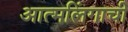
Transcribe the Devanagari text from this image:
आत्मलिंगाची